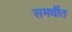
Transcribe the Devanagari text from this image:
समर्थीत